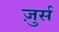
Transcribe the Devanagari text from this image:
ज़ुर्स